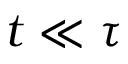
t \ll \tau